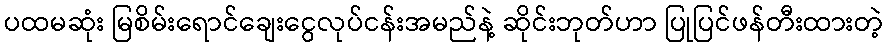
ပထမဆုံး မြစိမ်းရောင်ချေးငွေလုပ်ငန်းအမည်နဲ့ ဆိုင်းဘုတ်ဟာ ပြုပြင်ဖန်တီးထားတဲ့